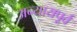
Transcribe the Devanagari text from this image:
अन्यायपूर्व